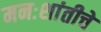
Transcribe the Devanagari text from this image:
मनःशांतीचे